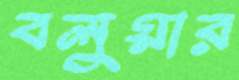
বলুয়ার